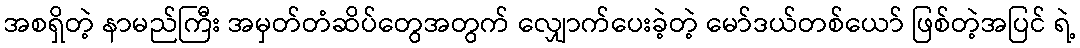
အစရှိတဲ့ နာမည်ကြီး အမှတ်တံဆိပ်တွေအတွက် လျှောက်ပေးခဲ့တဲ့ မော်ဒယ်တစ်ယော် ဖြစ်တဲ့အပြင် ရဲ့